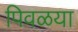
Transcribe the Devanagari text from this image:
पिवळया